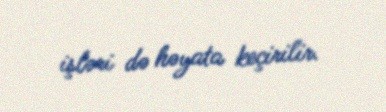
işləri də həyata keçirilir.